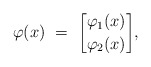
\begin{align*}\varphi(x) \ = \ { \varphi_1(x) \brack \varphi_2(x)} ,\end{align*}